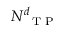
N _ { \mathrm { ~ \scriptsize ~ T ~ P ~ } } ^ { \boldsymbol d }